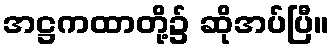
အဋ္ဌကထာတို့၌ ဆိုအပ်ပြီ။